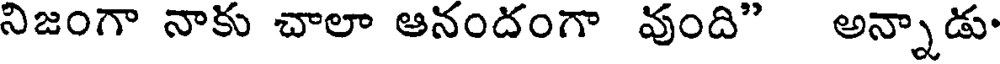
నిజంగా నాకు చాలా ఆనందంగా వుంది" అన్నాడు